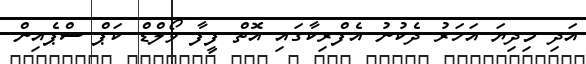
އަދި މިދިޔަ އަހަރު ދެކުނު އެފްރިކާގައި އޮތް ފީފާ ވޯލްޑް ކަޕް ސްޕެއިން